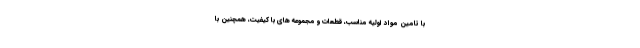
با تامین مواد اولیه مناسب، قطعات و مجموعه های با کیفیت، همچنین با